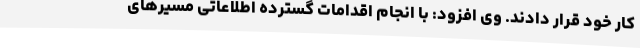
کار خود قرار دادند. وی افزود: با انجام اقدامات گسترده اطلاعاتی مسیرهای